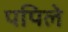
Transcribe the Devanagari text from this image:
पपिले